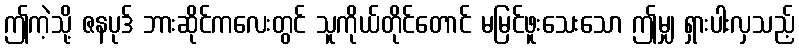
ဤကဲ့သို့ ဇနပုဒ် ဘားဆိုင်ကလေးတွင် သူကိုယ်တိုင်တောင် မမြင်ဖူးသေးသော ဤမျှ ရှားပါးလှသည့်